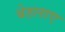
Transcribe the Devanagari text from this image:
बेहलाए